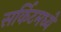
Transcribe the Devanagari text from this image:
सर्किटमध्ये